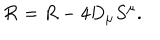
LaTeX: { \cal R } = R - 4 { D } _ { \mu } S ^ { \mu } .